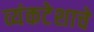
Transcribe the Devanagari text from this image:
व्यंकटेशाचे